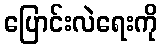
ပြောင်းလဲရေးကို